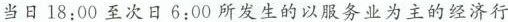
当日18:00至次日6:00所发生的以服务业为主的经济行